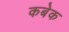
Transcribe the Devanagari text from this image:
कबेक